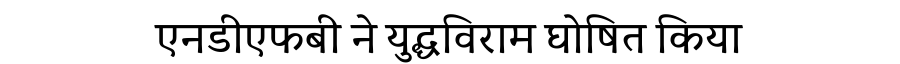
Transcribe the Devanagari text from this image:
एनडीएफबी ने युद्धविराम घोषित किया